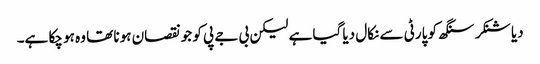
دیا شنکر سنگھ کو پارٹی سے نکال دیا گیا ہے لیکن بی جے پی کو جو نقصان ہونا تھا وہ ہو چکا ہے۔